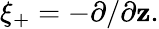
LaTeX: \xi_{+}=-\partial/\partial\mathbf{z}.